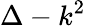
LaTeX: \Delta-k^{2}